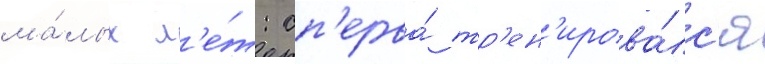
ма́лых л'е́т: сп'ерва́ тр'ен'ирова́лс'я